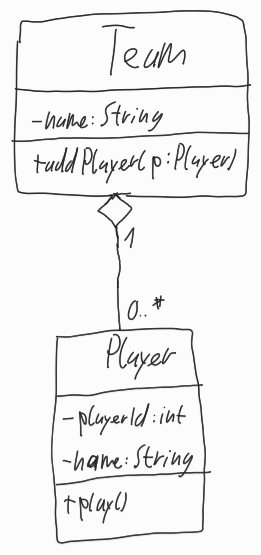
Diagram type: class_diagram
```plantuml
@startuml

class Team {
  - name: String
  + addPlayer(p: Player)
}

class Player {
  - playerId: int
  - name: String
  + play()
}

Team "1" o-- "0..*" Player

@enduml
```